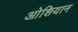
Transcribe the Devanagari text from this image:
ओशियान